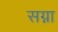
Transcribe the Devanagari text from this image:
सग्ना